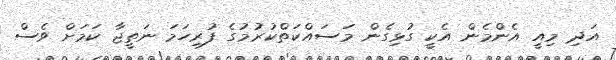
އަދި މިއީ އެންމެން އެކީ ގުޅިގެން މަސައްކަތްކުރުމުގެ ފުރިހަމަ ނަތީޖާ ކަމަށް ވެސް